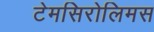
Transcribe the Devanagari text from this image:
टेमसिरोलिमस